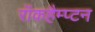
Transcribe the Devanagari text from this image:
रॉकहैम्प्टन